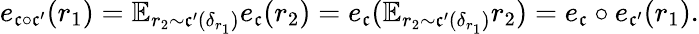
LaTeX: \begin{array}{r}{e_{\mathfrak{c}\circ\mathfrak{c}^{\prime}}(r_{1})=\mathbb{E}_{r_{2}\sim\mathfrak{c}^{\prime}(\delta_{r_{1}})}e_{\mathfrak{c}}(r_{2})=e_{\mathfrak{c}}(\mathbb{E}_{r_{2}\sim\mathfrak{c}^{\prime}(\delta_{r_{1}})}r_{2})=e_{\mathfrak{c}}\circ e_{\mathfrak{c}^{\prime}}(r_{1}).}\end{array}